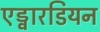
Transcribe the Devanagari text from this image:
एड्वारडियन